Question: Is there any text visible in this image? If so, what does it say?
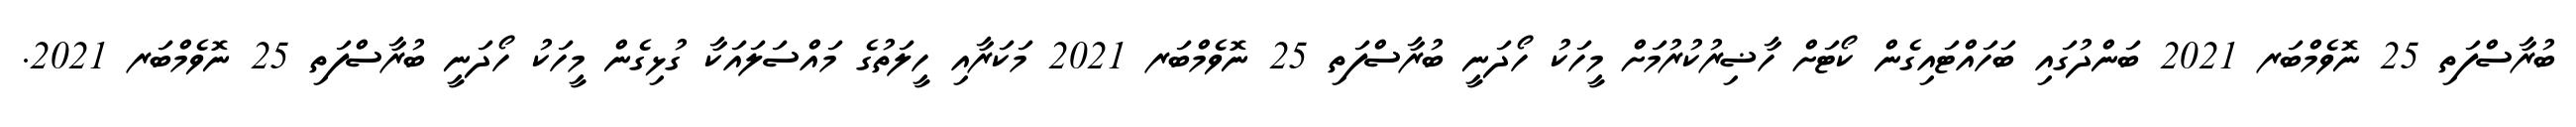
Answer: ބުރާސްފަތި 25 ނޮވެމްބަރ 2021 ބަންދުގައި ބަހައްޓައިގެން ކޯޓަށް ހާޟިރުކުރުމަށް މީހަކު ހޯދަނީ ބުރާސްފަތި 25 ނޮވެމްބަރ 2021 މަކަރާއި ހީލަތުގެ މައްސަލައަކާ ގުޅިގެން މީހަކު ހޯދަނީ ބުރާސްފަތި 25 ނޮވެމްބަރ 2021.